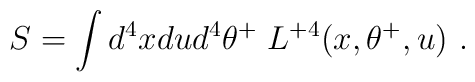
S = \int d^4x du d^4\theta^+\; L^{+4}(x,\theta^+,u)\  .